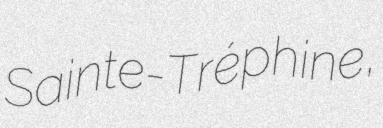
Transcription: Sainte-Tréphine,